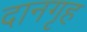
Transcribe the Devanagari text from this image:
दानगृह